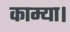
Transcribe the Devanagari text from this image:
काम्या।